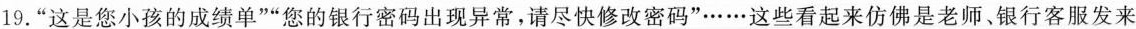
19.”这是您小孩的成绩单””您的银行密码出现异常，请尽快修改密码”……这些看起来仿佛是老师、银行客服发来